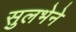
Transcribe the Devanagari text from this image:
सुलभेने